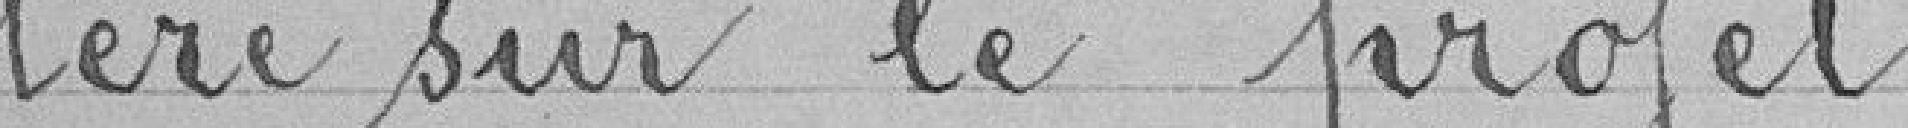
tère sur le projet